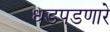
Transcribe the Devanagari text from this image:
धडपडणारे